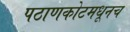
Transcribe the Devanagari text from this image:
पठाणकोटमधूनच